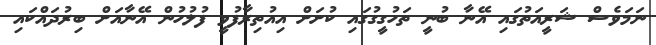
ނަމަވެސް ޝަރީއަތުގައި އޭނާ ބުނީ ތަހުގީގުގައި ކުށަށް އިއުތިރާފުވީ ފުލުހުން އޭނާއަށް ބިރުދައްކައި